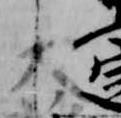
大